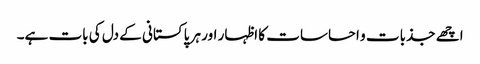
اچھے جذبات و احساسات کا اظہار اور ہر پاکستانی کے دل کی بات ہے۔